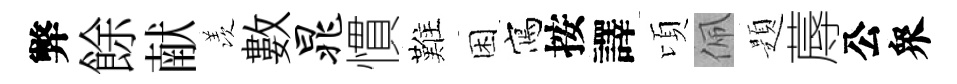
弊餘献羡數晁慣難困寫按譯頃佩題蓐公衆